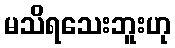
မသိရသေးဘူးဟု